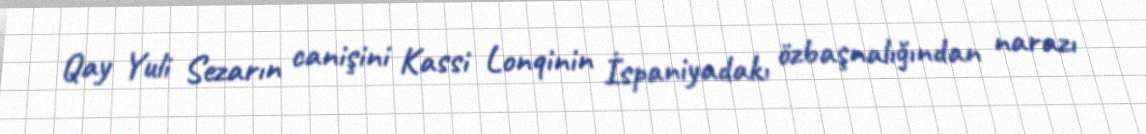
Qay Yuli Sezarın canişini Kassi Lonqinin İspaniyadakı özbaşnalığından narazı